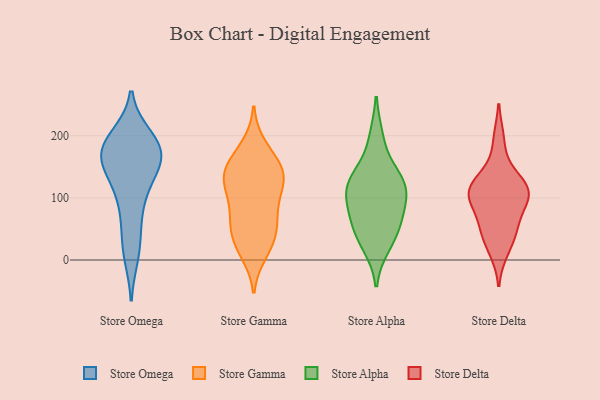
{"axis": {"x": "Customer Acquisition Cost (USD)", "y": "Value"}, "legend": ["Store Alpha", "Store Delta", "Store Gamma", "Store Omega"], "data": [{"x": "", "y": 181, "type": "Store Omega"}, {"x": "", "y": 170, "type": "Store Omega"}, {"x": "", "y": 170, "type": "Store Omega"}, {"x": "", "y": 177, "type": "Store Omega"}, {"x": "", "y": 24, "type": "Store Omega"}, {"x": "", "y": 188, "type": "Store Omega"}, {"x": "", "y": 124, "type": "Store Omega"}, {"x": "", "y": 138, "type": "Store Omega"}, {"x": "", "y": 172, "type": "Store Omega"}, {"x": "", "y": 155, "type": "Store Omega"}, {"x": "", "y": 196, "type": "Store Omega"}, {"x": "", "y": 10, "type": "Store Omega"}, {"x": "", "y": 96, "type": "Store Omega"}, {"x": "", "y": 70, "type": "Store Omega"}, {"x": "", "y": 143, "type": "Store Gamma"}, {"x": "", "y": 130, "type": "Store Gamma"}, {"x": "", "y": 12, "type": "Store Gamma"}, {"x": "", "y": 61, "type": "Store Gamma"}, {"x": "", "y": 65, "type": "Store Gamma"}, {"x": "", "y": 139, "type": "Store Gamma"}, {"x": "", "y": 71, "type": "Store Gamma"}, {"x": "", "y": 183, "type": "Store Gamma"}, {"x": "", "y": 108, "type": "Store Gamma"}, {"x": "", "y": 97, "type": "Store Gamma"}, {"x": "", "y": 44, "type": "Store Gamma"}, {"x": "", "y": 24, "type": "Store Gamma"}, {"x": "", "y": 170, "type": "Store Gamma"}, {"x": "", "y": 126, "type": "Store Gamma"}, {"x": "", "y": 143, "type": "Store Gamma"}, {"x": "", "y": 28, "type": "Store Gamma"}, {"x": "", "y": 140, "type": "Store Gamma"}, {"x": "", "y": 120, "type": "Store Alpha"}, {"x": "", "y": 131, "type": "Store Alpha"}, {"x": "", "y": 25, "type": "Store Alpha"}, {"x": "", "y": 195, "type": "Store Alpha"}, {"x": "", "y": 88, "type": "Store Alpha"}, {"x": "", "y": 124, "type": "Store Alpha"}, {"x": "", "y": 52, "type": "Store Alpha"}, {"x": "", "y": 120, "type": "Store Alpha"}, {"x": "", "y": 81, "type": "Store Alpha"}, {"x": "", "y": 45, "type": "Store Alpha"}, {"x": "", "y": 56, "type": "Store Delta"}, {"x": "", "y": 194, "type": "Store Delta"}, {"x": "", "y": 110, "type": "Store Delta"}, {"x": "", "y": 15, "type": "Store Delta"}, {"x": "", "y": 38, "type": "Store Delta"}, {"x": "", "y": 110, "type": "Store Delta"}, {"x": "", "y": 118, "type": "Store Delta"}, {"x": "", "y": 113, "type": "Store Delta"}, {"x": "", "y": 139, "type": "Store Delta"}, {"x": "", "y": 97, "type": "Store Delta"}, {"x": "", "y": 56, "type": "Store Delta"}, {"x": "", "y": 96, "type": "Store Delta"}]}